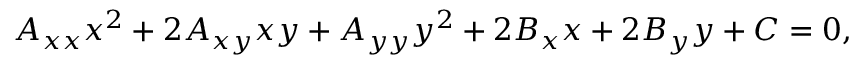
A _ { x x } x ^ { 2 } + 2 A _ { x y } x y + A _ { y y } y ^ { 2 } + 2 B _ { x } x + 2 B _ { y } y + C = 0 ,